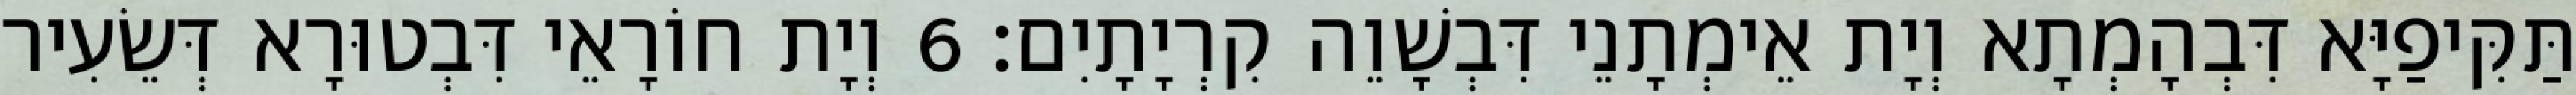
תַּקִּיפַיָּא דִּבְהָמְתָא וְיָת אֵימְתָנֵי דִּבְשָׁוֵה קִרְיָתָיִם׃ 6 וְיָת חוֹרָאֵי דִּבְטוּרָא דְּשֵׂעִיר